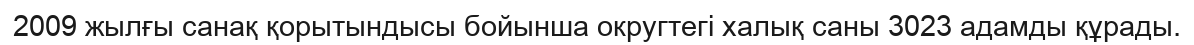
2009 жылғы санақ қорытындысы бойынша округтегі халық саны 3023 адамды құрады.